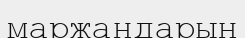
маржандарын